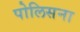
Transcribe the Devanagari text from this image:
पोलिसना